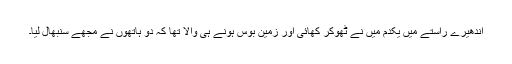
اندھیرے راستے میں یکدم میں نے ٹھوکر کھائی اور زمین بوس ہونے ہی والا تھا کہ دو ہاتھوں نے مجھے سنبھال لیا۔